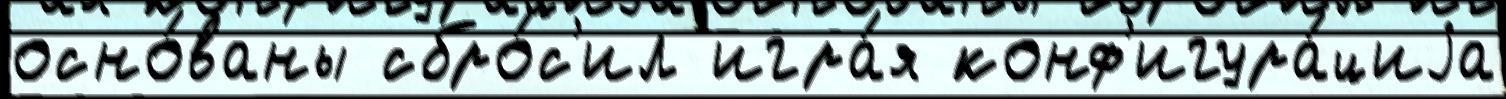
осно́ваны сбро́с'ил игра́я конф'игура́циjа